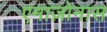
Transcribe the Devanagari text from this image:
एमाज़ोनास